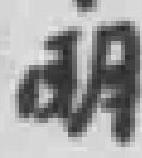
明